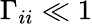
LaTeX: \Gamma_{ii}\ll 1